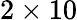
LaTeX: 2\times 10